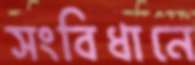
সংবিধানে